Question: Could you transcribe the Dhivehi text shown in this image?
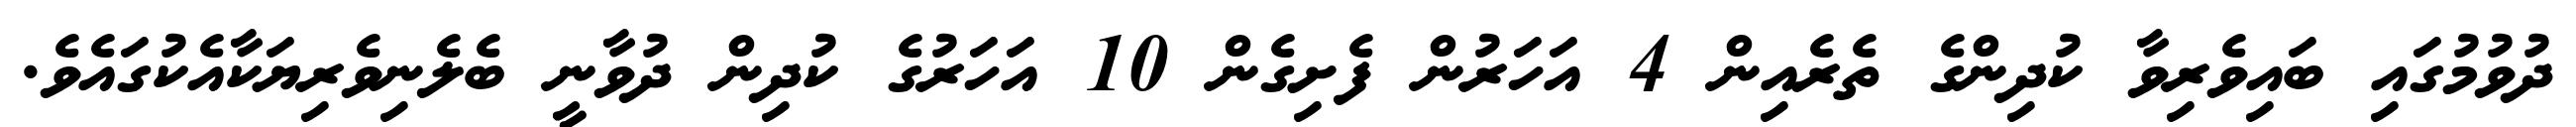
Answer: ދުވުމުގައި ބައިވެރިވާ ކުދިންގެ ތެރެއިން 4 އަހަރުން ފެށިގެން 10 އަހަރުގެ ކުދިން ދުވާނީ ބެލެނިވެރިޔަކާއެކުގައެވެ.